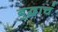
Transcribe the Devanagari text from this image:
बुद्धाचं